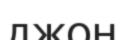
джон